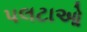
પલટાઓ